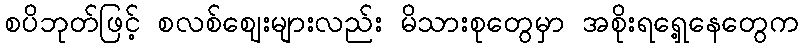
စပိဘုတ်ဖြင့် စလစ်ဈေးများလည်း မိသားစုတွေမှာ အစိုးရရှေ့နေတွေက